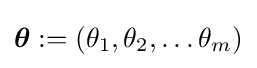
{\boldsymbol {\theta }}:=(\theta _{1},\theta _{2},\dots \theta _{m})